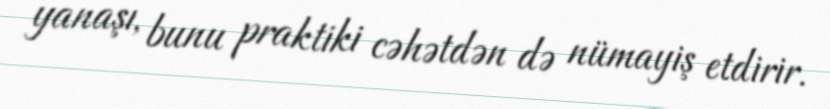
yanaşı, bunu praktiki cəhətdən də nümayiş etdirir.